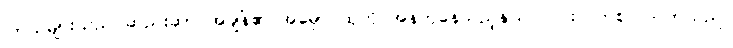
ကြယ်များသည် ဆည်းဆာ အချိန်၏ အမှောင်ထုကို အန်တုနေသည့်နှယ် လင်းလက်စ ပြုလာသည်။